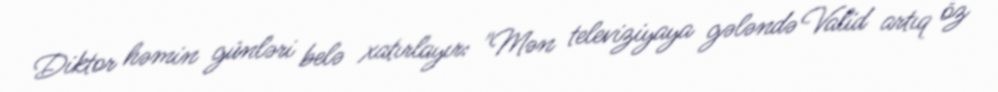
Diktor həmin günləri belə xatırlayır: "Mən televiziyaya gələndə Valid artıq öz